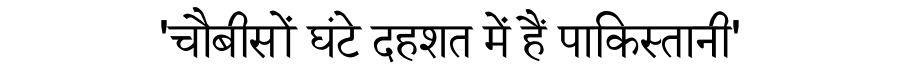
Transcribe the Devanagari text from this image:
'चौबीसों घंटे दहशत में हैं पाकिस्तानी'